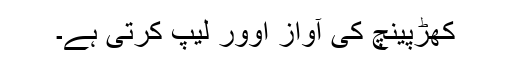
کھڑپینچ کی آواز اوور لیپ کرتی ہے۔